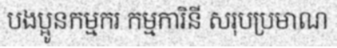
បងប្អូនកម្មករ កម្មការិនី សរុបប្រមាណ